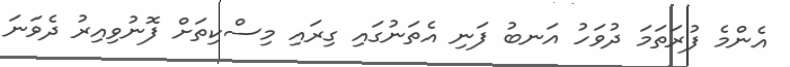
އެންމެ ފުރަތަމަ ދުވަހު އަނބު ފަނި އެތަނުގައި ގިރައި މިސްކިތަށް ފޮނުވިއިރު ދެވަނަ